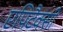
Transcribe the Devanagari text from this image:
एपिटैक्सी